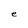
Character: e